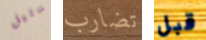
ستيل تضارب قبل